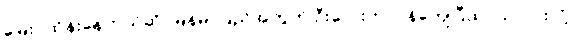
မြေးပဲထိန်းနေတယ်ဆို၊ မြန်မာပြည်အတွက် ဦးလေးတာဝန်ကျေပြီထင်သလားလို့